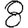
Digit: 8